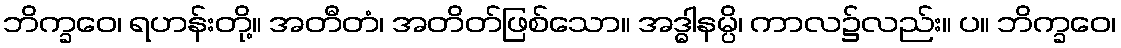
ဘိက္ခဝေ၊ ရဟန်းတို့။ အတီတံ၊ အတိတ်ဖြစ်သော။ အဒ္ဓါနမ္ပိ၊ ကာလ၌လည်း။ ပ။ ဘိက္ခဝေ၊